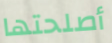
أصلحتها